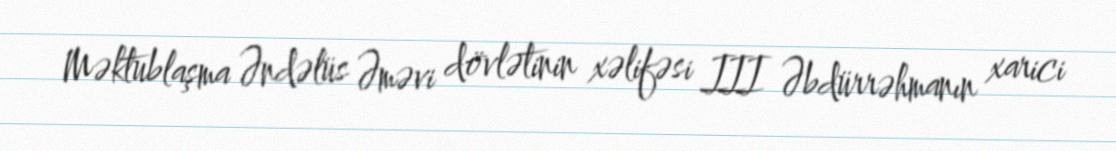
Məktublaşma Əndəlüs Əməvi dövlətinin xəlifəsi III Əbdürrəhmanın xarici